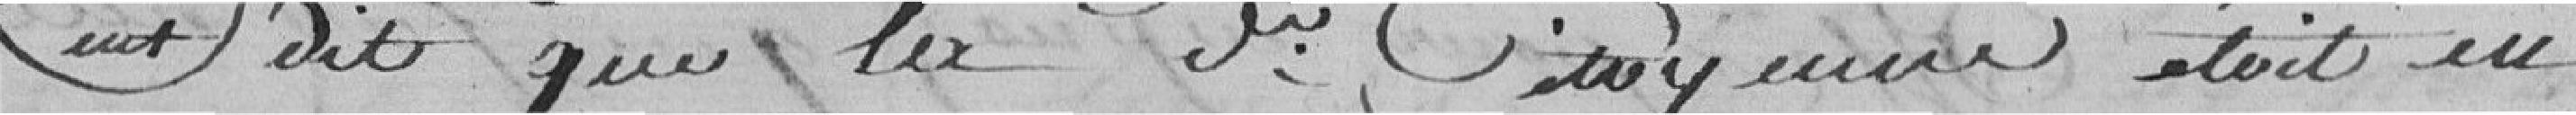
est dit que la Veuve citoyenne était au